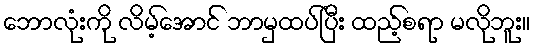
ဘောလုံးကို လိမ့်အောင် ဘာမှထပ်ပြီး ထည့်စရာ မလိုဘူး။